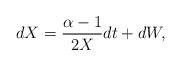
LaTeX: \begin{align*}dX=\frac{\alpha -1}{2X} dt + dW , \end{align*}